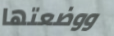
ووضعتها